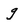
Character: g